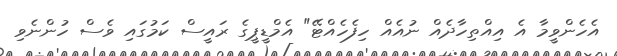
އެހެންވީމާ އެ އިއްތިހާދެއް ނުއެއް ހިފެހެއްޓޭ" އެމްޑީޕީގެ ރައީސް ކަމުގައި ވެސް ހުންނެވި